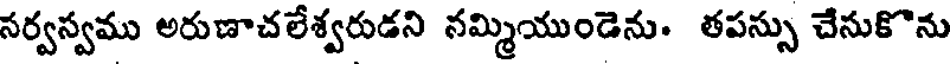
సర్వస్వము అరుణాచలేశ్వరుడని నమ్మియుండెను. తపస్సు చేనుకొను